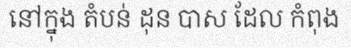
នៅក្នុង តំបន់ ដុន បាស ដែល កំពុង